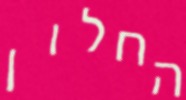
החלון